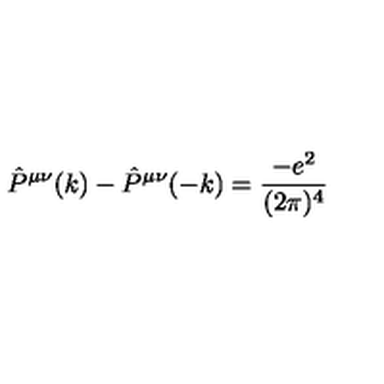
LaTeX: \hat { P } ^ { \mu \nu } ( k ) - \hat { P } ^ { \mu \nu } ( - k ) = \frac { - e ^ { 2 } } { ( 2 \pi ) ^ { 4 } }